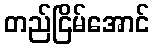
တည်ငြိမ်အောင်